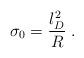
LaTeX: \begin{align*}\sigma_0 = \frac{l_D^2}{R} \; .\end{align*}